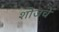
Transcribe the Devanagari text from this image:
शोजचे